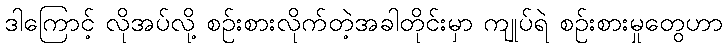
ဒါကြောင့် လိုအပ်လို့ စဉ်းစားလိုက်တဲ့အခါတိုင်းမှာ ကျုပ်ရဲ စဉ်းစားမှုတွေဟာ